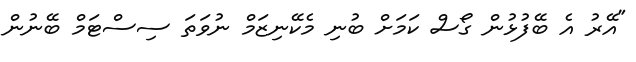
"އޭރު އެ ބޭފުޅުން ގޯސް ކަމަށް ބުނި މެކޭނިޒަމް ނުވަތަ ސިސްޓަމް ބޭނުން